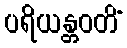
ပရိယန္တဝတိံ